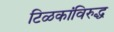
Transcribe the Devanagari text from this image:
टिळकांविरुद्ध